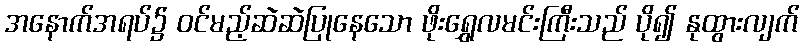
အနောက်အရပ်၌ ဝင်မည့်ဆဲဆဲပြုနေသော ဖိုးရွှေလမင်းကြီးသည် ပို၍ နုထွားလျက်